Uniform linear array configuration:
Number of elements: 64
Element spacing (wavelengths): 1
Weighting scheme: kaiser
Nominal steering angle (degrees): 60
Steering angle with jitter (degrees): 61.193
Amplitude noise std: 0.05
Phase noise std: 0.05

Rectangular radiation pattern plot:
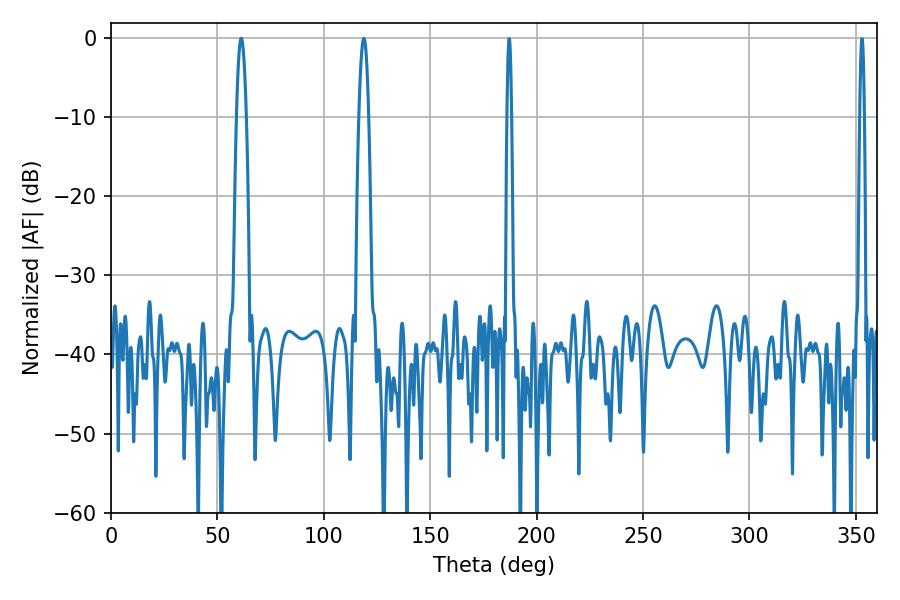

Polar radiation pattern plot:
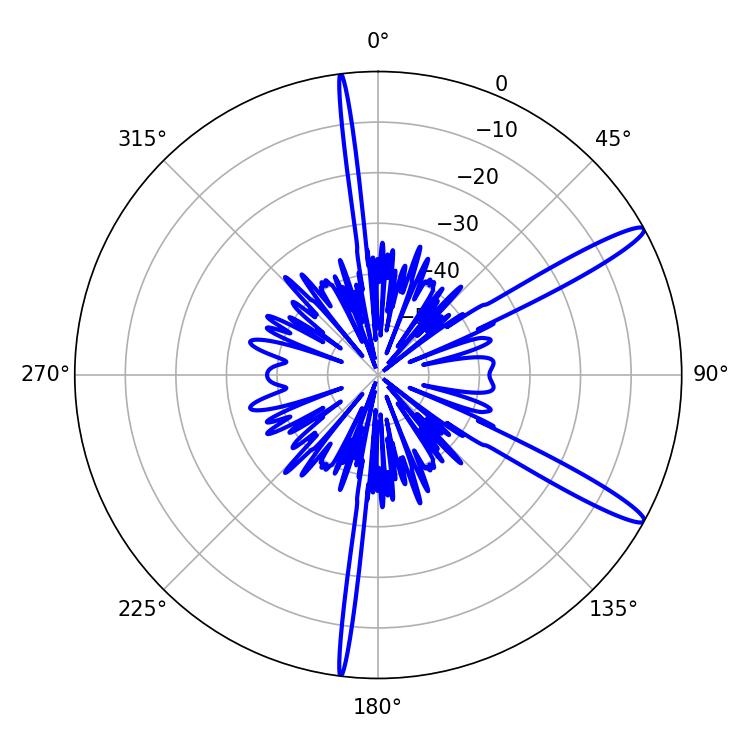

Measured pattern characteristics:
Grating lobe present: TRUE
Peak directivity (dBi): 14.026
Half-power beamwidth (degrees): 2.52
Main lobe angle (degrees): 118.8